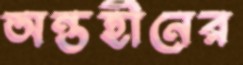
অন্তহীনের